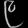
Digit: ၉